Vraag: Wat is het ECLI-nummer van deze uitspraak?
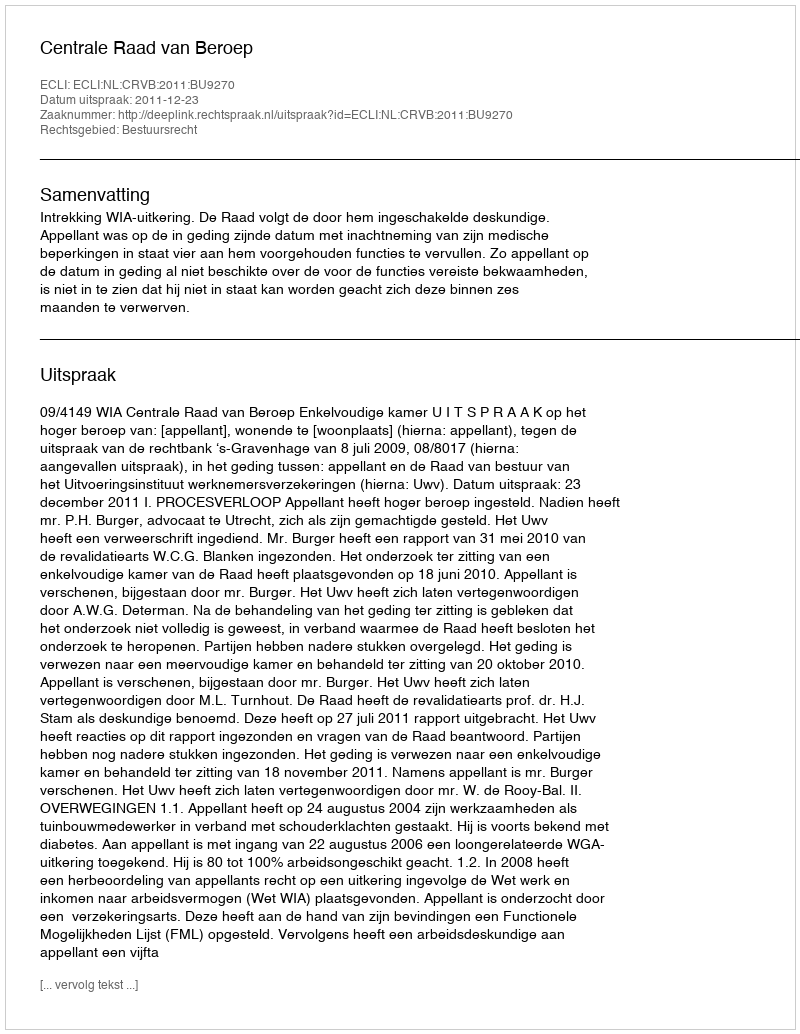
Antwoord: ECLI:NL:CRVB:2011:BU9270